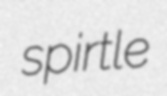
spirtle